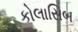
કોલાસિબ